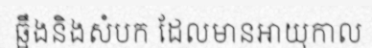
ឆ្អឹងនិងសំបក ដែលមានអាយុកាល